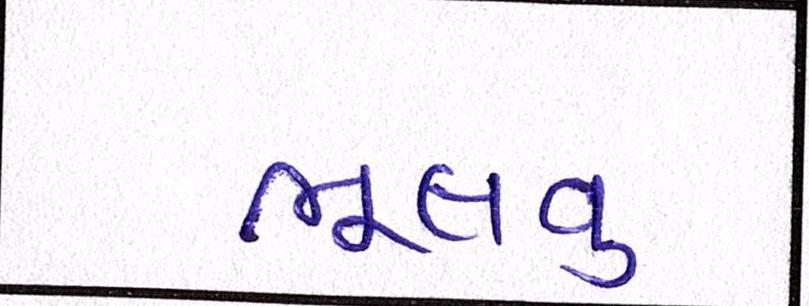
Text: ભૂલવુ